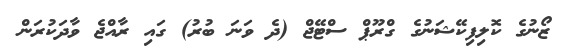
ޒޯނުގެ ކޮލިފިކޭޝަނުގެ ގްރޫޕް ސްޓޭޖް (ދެ ވަނަ ބުރު) ގައި ރާއްޖެ ވާދަކުރަން